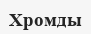
Хромды